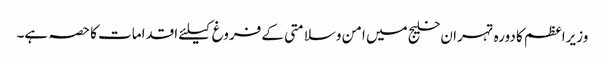
وزیراعظم کا دورہ تہران خلیج میں امن وسلامتی کے فروغ کیلئے اقدامات کا حصہ ہے۔